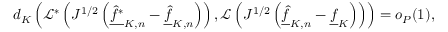
\begin{array} { r } { d _ { K } \left( \mathcal { L } ^ { * } \left( J ^ { 1 / 2 } \left( \underline { { \widehat f ^ { * } } } _ { K , n } - \underline { { \widehat f } } _ { K , n } \right) \right) , \mathcal { L } \left( J ^ { 1 / 2 } \left( \underline { { \widehat f } } _ { K , n } - \underline { { f } } _ { K } \right) \right) \right) = o _ { P } ( 1 ) , } \end{array}